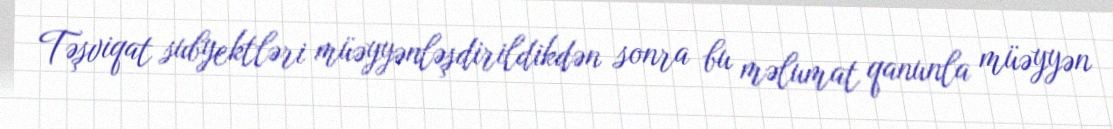
Təşviqat subyektləri müəyyənləşdirildikdən sonra bu məlumat qanunla müəyyən